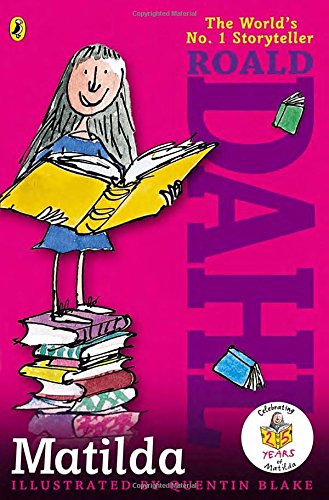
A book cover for Matilda; Roald Dahl; Children's Books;